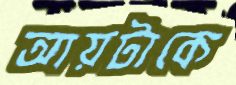
আয়টাকে